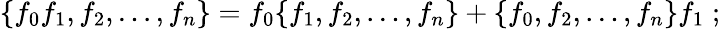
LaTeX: \{ f_{0}f_{1},f_{2},\ldots,f_{n}\} =f_{0}\{ f_{1},f_{2},\ldots,f_{n}\} +\{ f_{0},f_{2},\ldots,f_{n}\} f_{1}\; ;